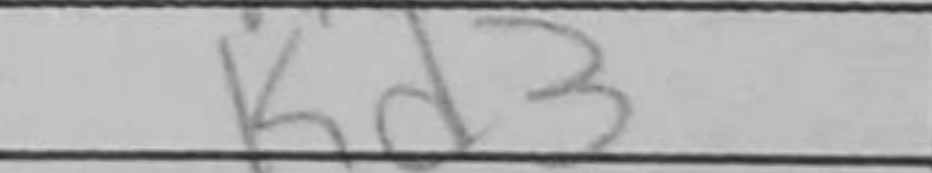
Transcription: Kd3